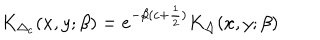
K _ { \Delta _ { c } } ( x , y ; \beta ) = e ^ { - \beta ( c + { \frac { 1 } { 2 } } ) } K _ { \Delta } ( x , y ; \beta )